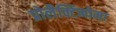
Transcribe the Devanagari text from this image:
प्रोलैक्टिनोमा